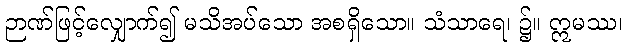
ဉာဏ်ဖြင့်လျှောက်၍ မသိအပ်သော အစရှိသော။ သံသာရေ၊ ၌။ ဣမဿ၊